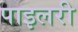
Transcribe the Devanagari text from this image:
पाइलरी